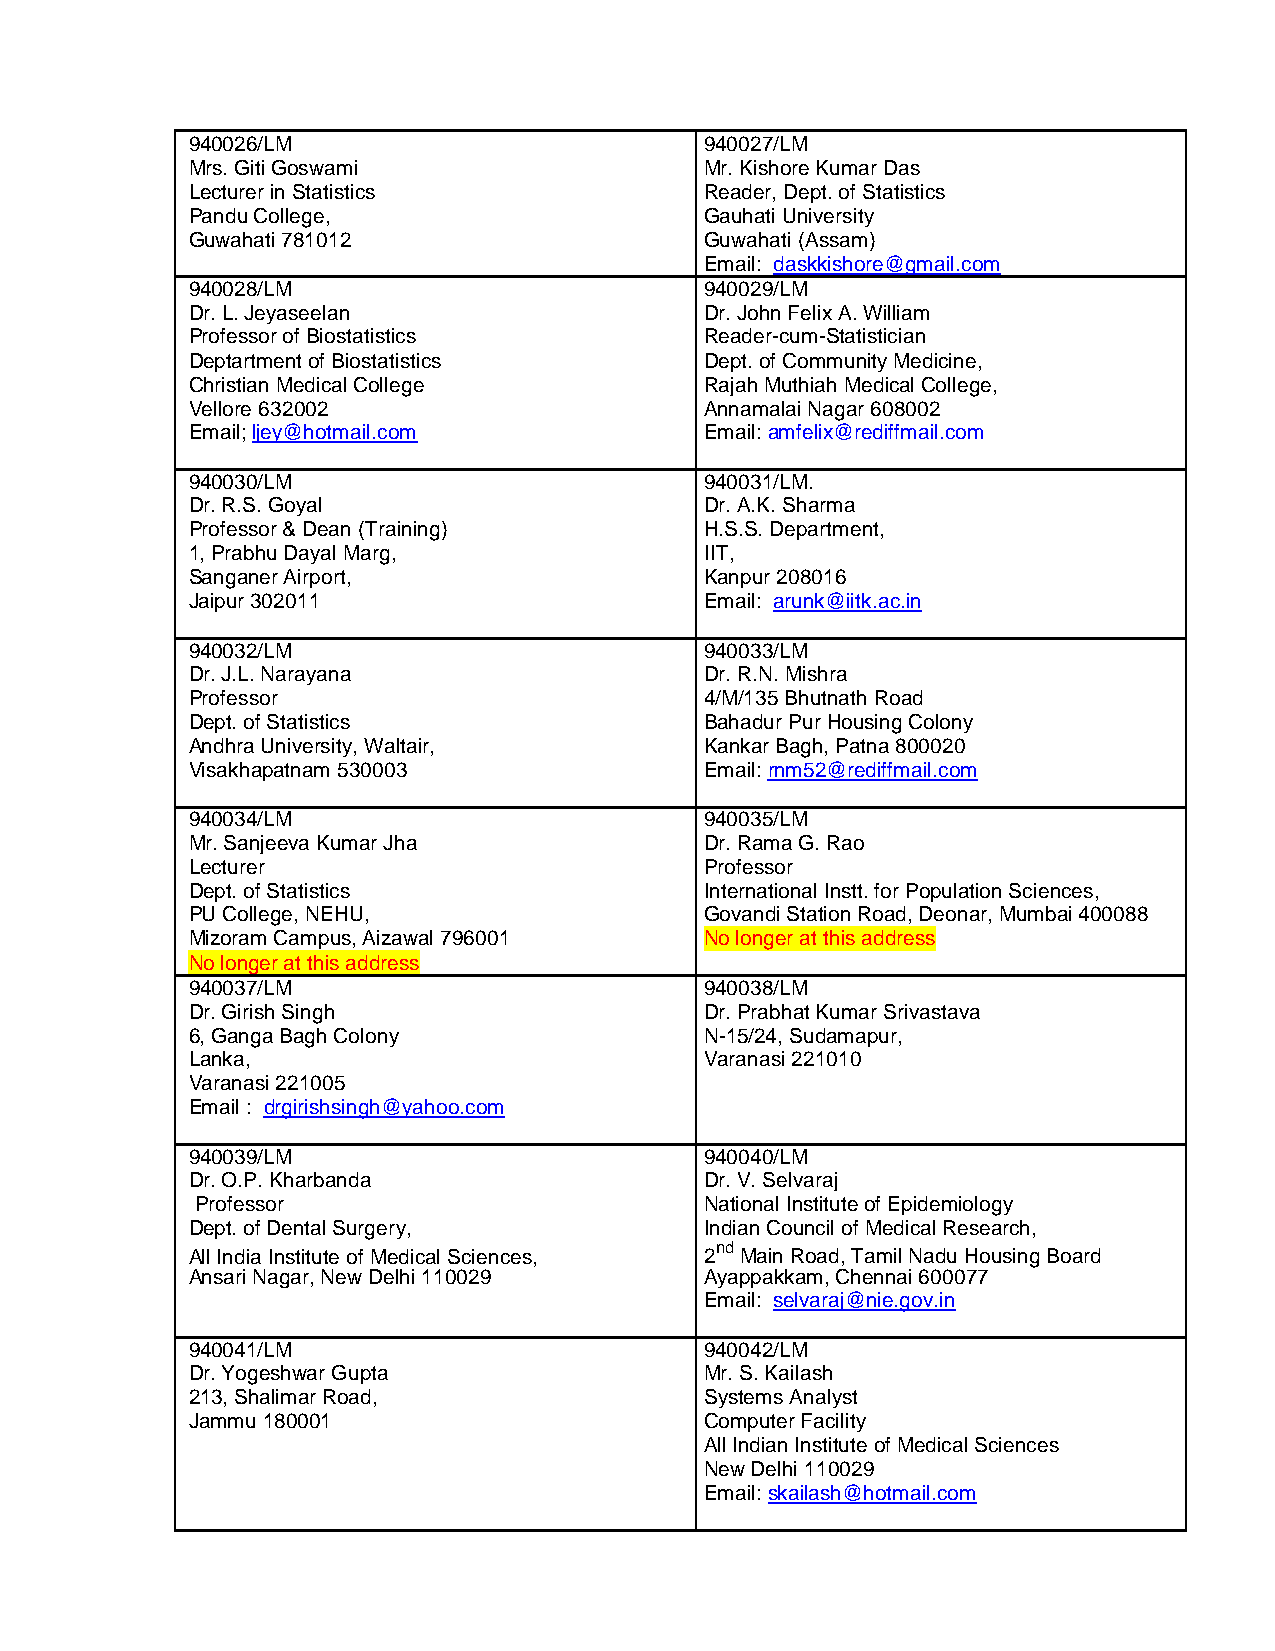
940026/LM                          940027/LM
 Mrs. Giti Goswami                  Mr. Kishore Kumar Das
 Lecturer in Statistics             Reader, Dept. of Statistics
 Pandu College,                     Gauhati University
 Guwahati 781012                    Guwahati (Assam)
 Email: daskkishore@gmail.com
 940028/LM                          940029/LM
 Dr. L. Jeyaseelan                  Dr. John Felix A. William
 Professor of Biostatistics         Reader-cum-Statistician
 Deptartment of Biostatistics       Dept. of Community Medicine,
 Christian Medical College          Rajah Muthiah Medical College,
 Vellore 632002                     Annamalai Nagar 608002
 Email; ljey@hotmail.com            Email: amfelix@rediffmail.com
 940030/LM                          940031/LM.
 Dr. R.S. Goyal                     Dr. A.K. Sharma
 Professor & Dean (Training)        H.S.S. Department,
 1, Prabhu Dayal Marg,              IIT,
 Sanganer Airport,                  Kanpur 208016
 Jaipur 302011                      Email: arunk@iitk.ac.in
 940032/LM                          940033/LM
 Dr. J.L. Narayana                  Dr. R.N. Mishra
 Professor                          4/M/135 Bhutnath Road
 Dept. of Statistics                Bahadur Pur Housing Colony
 Andhra University, Waltair,        Kankar Bagh, Patna 800020
 Visakhapatnam 530003               Email: rnm52@rediffmail.com
 940034/LM                          940035/LM
 Mr. Sanjeeva Kumar Jha             Dr. Rama G. Rao
 Lecturer                           Professor
 Dept. of Statistics                International Instt. for Population Sciences,
 PU College, NEHU,                  Govandi Station Road, Deonar, Mumbai 400088
 Mizoram Campus, Aizawal 796001     No longer at this address
 No longer at this address
 940037/LM                          940038/LM
 Dr. Girish Singh                   Dr. Prabhat Kumar Srivastava
 6, Ganga Bagh Colony               N-15/24, Sudamapur,
 Lanka,                             Varanasi 221010
 Varanasi 221005
 Email : drgirishsingh@yahoo.com
 940039/LM                          940040/LM
 Dr. O.P. Kharbanda                 Dr. V. Selvaraj
 Professor                         National Institute of Epidemiology
 Dept. of Dental Surgery,           Indian Council of Medical Research,
 All India Institute of Medical Sciences,
 2nd
 Main Road, Tamil Nadu Housing Board
 Ansari Nagar, New Delhi 110029     Ayappakkam, Chennai 600077
 Email: selvaraj@nie.gov.in
 940041/LM                          940042/LM
 Dr. Yogeshwar Gupta                Mr. S. Kailash
 213, Shalimar Road,                Systems Analyst
 Jammu 180001                       Computer Facility
 All Indian Institute of Medical Sciences
 New Delhi 110029
 Email: skailash@hotmail.com